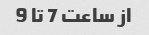
از ساعت 7 تا 9